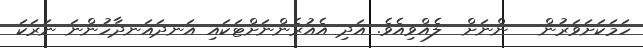
ހަމަކަށަވަރުން   ންނަށް  ލެއްވިއެވެ. އަދި އެއުރެންނަށްޓަކައި އަނދައަނދާހުންނަ ނަރަކަ